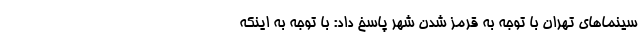
سینماهای تهران با توجه به قرمز شدن شهر پاسخ داد: با توجه به اینکه